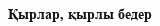
Қырлар, қырлы бедер